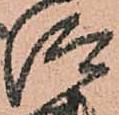
仰